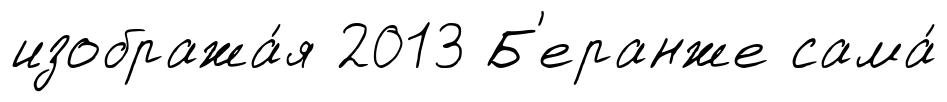
изобража́я 2013 Б'еранже сама́